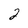
Character: 2